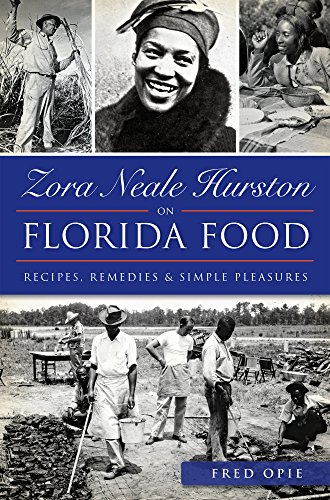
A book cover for Zora Neale Hurston on Florida Food:: Recipes, Remedies & Simple Pleasures; Frederick Douglass Opie; Cookbooks, Food & Wine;